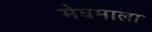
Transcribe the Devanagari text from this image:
मेघमाला